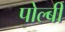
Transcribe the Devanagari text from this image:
पोल्बी